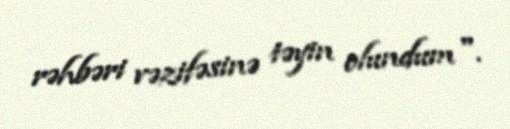
rəhbəri vəzifəsinə təyin olundum".